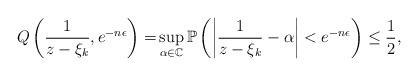
LaTeX: \begin{align*}Q\left(\frac{1}{z-\xi_k},e^{-n\epsilon}\right) =& \sup\limits_{\alpha \in \mathbb{C}}\mathbb{P}\left( \bigg|\frac{1}{z-\xi_k}-\alpha\bigg|<e^{-n\epsilon} \right)\leq \frac{1}{2}, \end{align*}